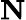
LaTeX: \le N